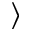
\rangle